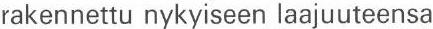
rakennettu nykyiseen laajuuteensa